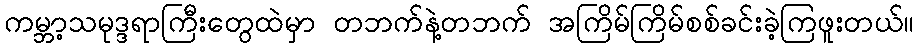
ကမ္ဘာ့သမုဒ္ဒရာကြီးတွေထဲမှာ တဘက်နဲ့တဘက် အကြိမ်ကြိမ်စစ်ခင်းခဲ့ကြဖူးတယ်။